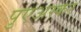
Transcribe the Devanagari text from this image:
पुएअस्कर